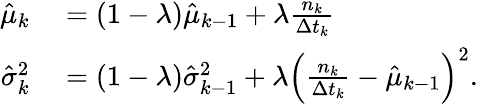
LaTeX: \begin{array}{rl}{\hat{\mu}_{k}}&{{}=(1-\lambda)\hat{\mu}_{k-1}+\lambda\frac{n_{k}}{\Delta t_{k}}}\\ {\hat{\sigma}_{k}^{2}}&{{}=(1-\lambda)\hat{\sigma}_{k-1}^{2}+\lambda\left(\frac{n_{k}}{\Delta t_{k}}-\hat{\mu}_{k-1}\right)^{2}.}\end{array}